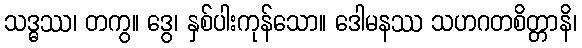
သဒ္ဓဿ၊ တကွ။ ဒွေ၊ နှစ်ပါးကုန်သော။ ဒေါမနဿ သဟဂတစိတ္တာနိ၊